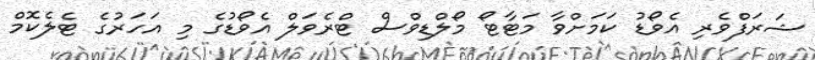
ޝަރަފްވެރި އެވޯޑު ކަމަށްވާ މަޓާޓޯ މޯލްޑިވްސް ޓްރެވަލް އެވޯޑުގެ މި އަހަރުގެ ޓެލެކޮމް